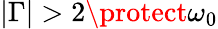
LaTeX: \left\vert\Gamma\right\vert>2\protect\omega_{0}